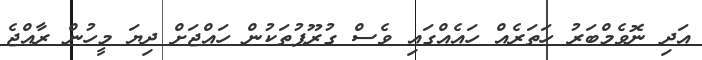
އަދި ނޮވެމްބަރު ހަތަރެއް ހައެއްގައި ވެސް ގުރޫޕުތަކުން ހައްޖަށް ދިޔަ މީހުން ރާއްޖެ